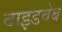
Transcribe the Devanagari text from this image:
वाइडवेब